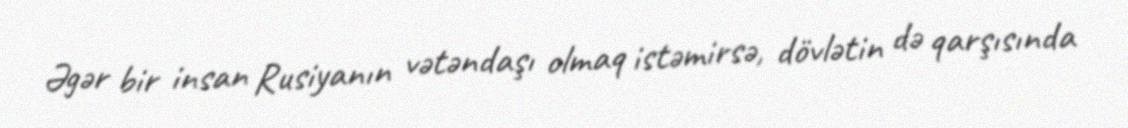
Əgər bir insan Rusiyanın vətəndaşı olmaq istəmirsə, dövlətin də qarşısında